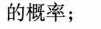
的概率；